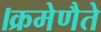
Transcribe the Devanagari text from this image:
।क्रमेणैते